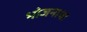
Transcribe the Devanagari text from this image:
भोजनाचा